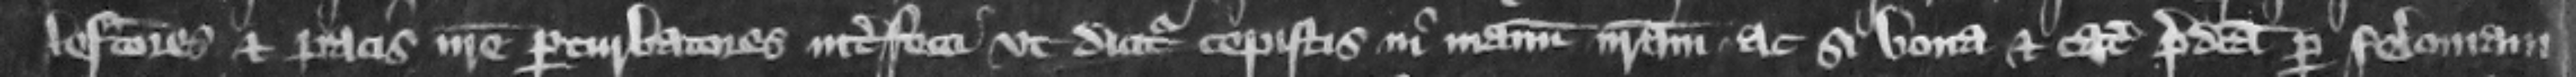
factores et pacis nostre perturbatores interfecti vt dicitur cepistis in manum nostram ac si bona et catalla predicta per feloniam